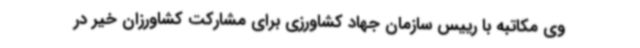
وی مکاتبه با رییس سازمان جهاد کشاورزی برای مشارکت کشاورزان خیر در